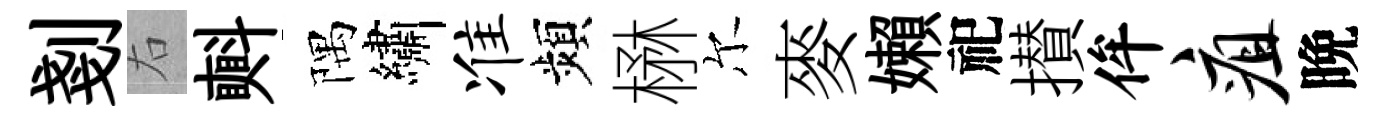
剗右㪺隅繡准頻楙尔麥嬾祀攅侔疽晩